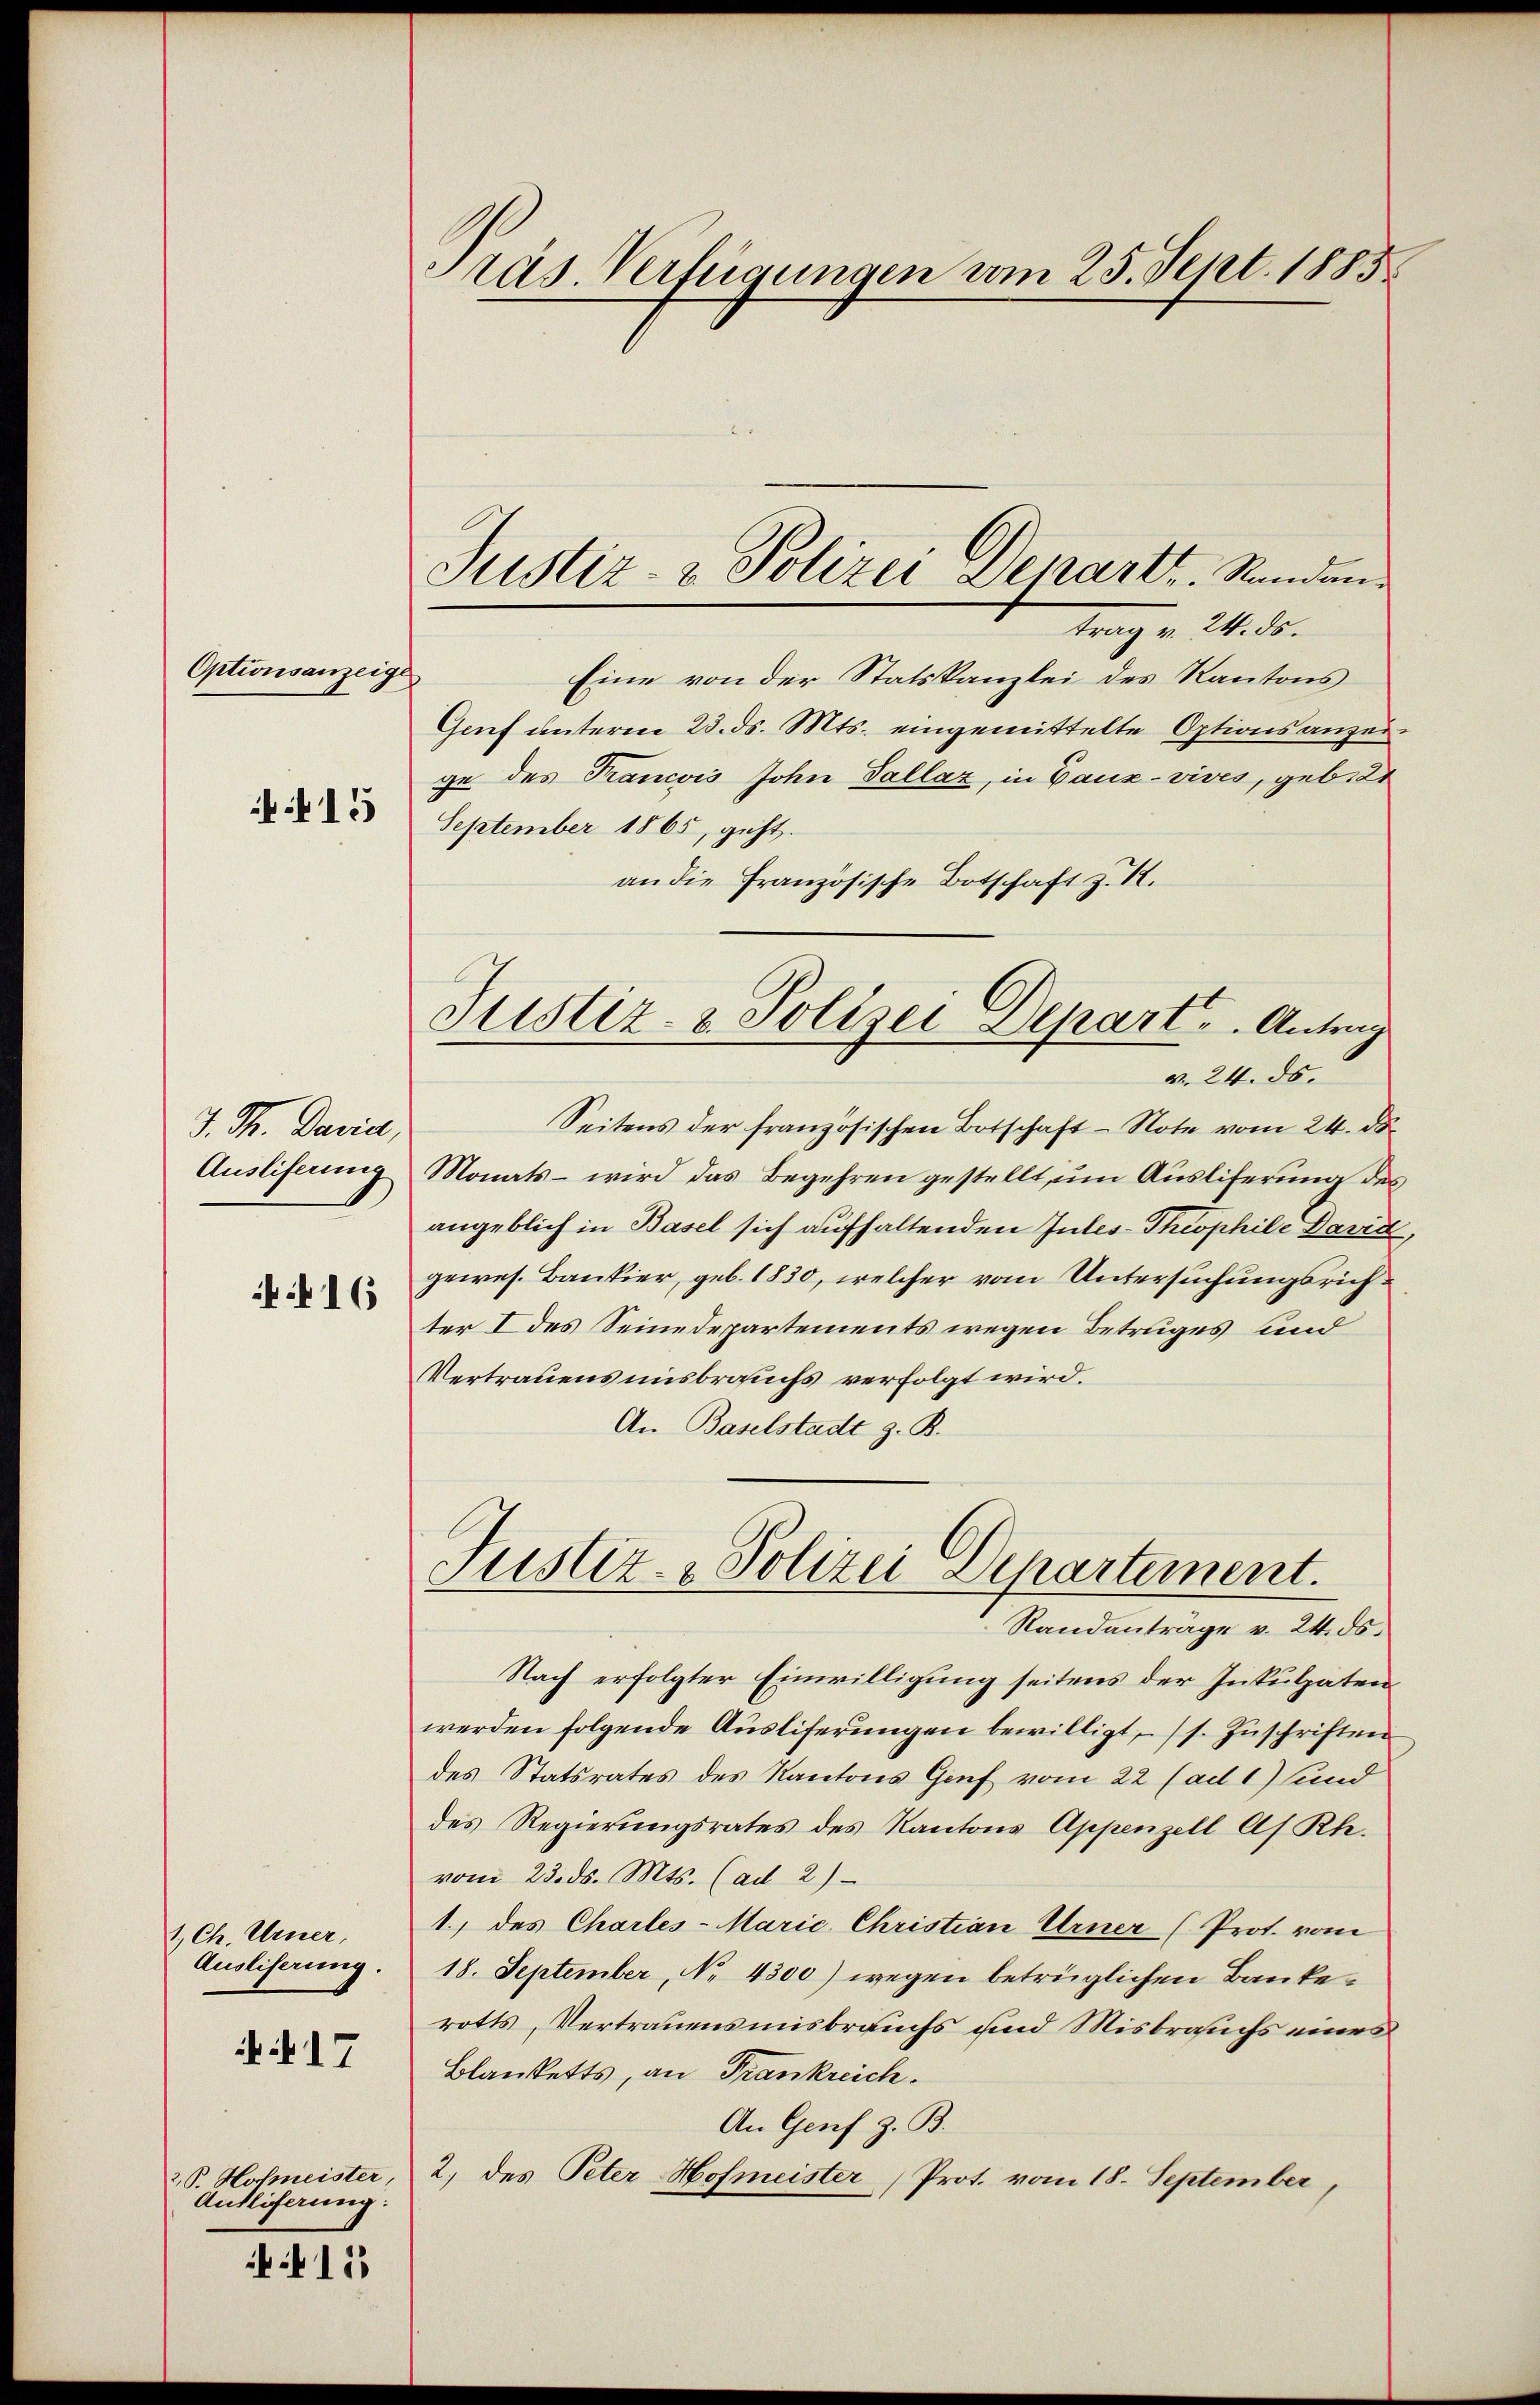
Optionsanzeige
415

J. Th. Daniel,
Auslieferung

16

1. Ch. Urner,
Ausliserung.

Nr 17

2P. Hofmeister,
Anfliferung:

113

Präs. Verfügungen vom 25. Sept. 1885

trag v. 24. ds.
Eine von der Statskanzlei des Kantons
Genf unterm 23. ds. Mts. eingemittelte Optionsanzeige des Francois John Tallaz, in Bauz-vives, geb. 21
September 1865, geht.
an die Französische Botschaft z. B.
Seitens der französischen Botschaft - Note vom 24. ds.
Monats - wird das Begehren gestellt, um Ausliferung des
angeblich in Basel sich aufhaltenden Intes-Theophile David
gewes. Bankier, geb. 1830, welcher vom Untersuchungsrichter I des Seinedepartements wegen Betruges und
Vertrauens insbrauchs verfolgt wird.
An Baselstadt z. B.
Justiz- & Polizei Departement.
Randanträge v. 24. ds.
Nach erfolgter Einwilligung seitens der Inkulpaten
werden folgende Auslieferungen bewilligt, s. Zuschriften
des Statsrates des Kantons Genf vom 22 (ad 1) und
des Regierungsrates des Kantons Appenzell As. Rh.
vom 23. ds. Mts. (ad 2)
1., des Charles-Marie Christian Urner (Prot. vom
18. September, No 4300) wegen betrüglichen Bankerotts, Vertrauensmisbrauchs und Misbrauchs eines
Blanketts, an Frankreich.
An Genf z. B.
2. des Peter Hofmeister (Prot. vom 18. September,

Justiz- & Polizei Depart. Standen

Justiz- & Polizei Depart u. Antrag
v. 24. ds.